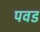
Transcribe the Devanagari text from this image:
पवड